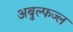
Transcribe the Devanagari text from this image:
अबुल्फज्ल